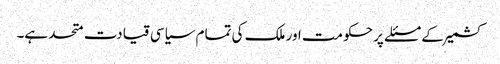
کشمیر کے مسئلے پر حکومت اور ملک کی تمام سیاسی قیادت متحد ہے۔